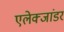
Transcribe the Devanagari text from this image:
एलेक्जांडर